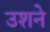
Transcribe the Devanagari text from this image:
उशने